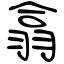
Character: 翕